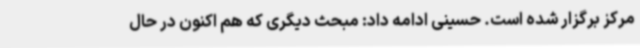
مرکز برگزار شده است. حسینی ادامه داد: مبحث دیگری که هم اکنون در حال